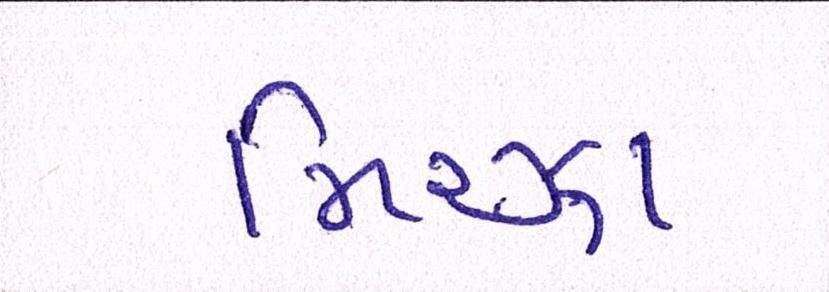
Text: મિરઝા